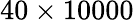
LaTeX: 40\times 10000